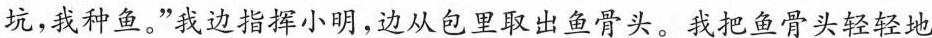
坑，我种鱼。” 我边指挥小明，边从包里取出鱼骨头。 我把鱼骨头轻轻地